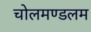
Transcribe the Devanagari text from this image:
चोलमण्डलम